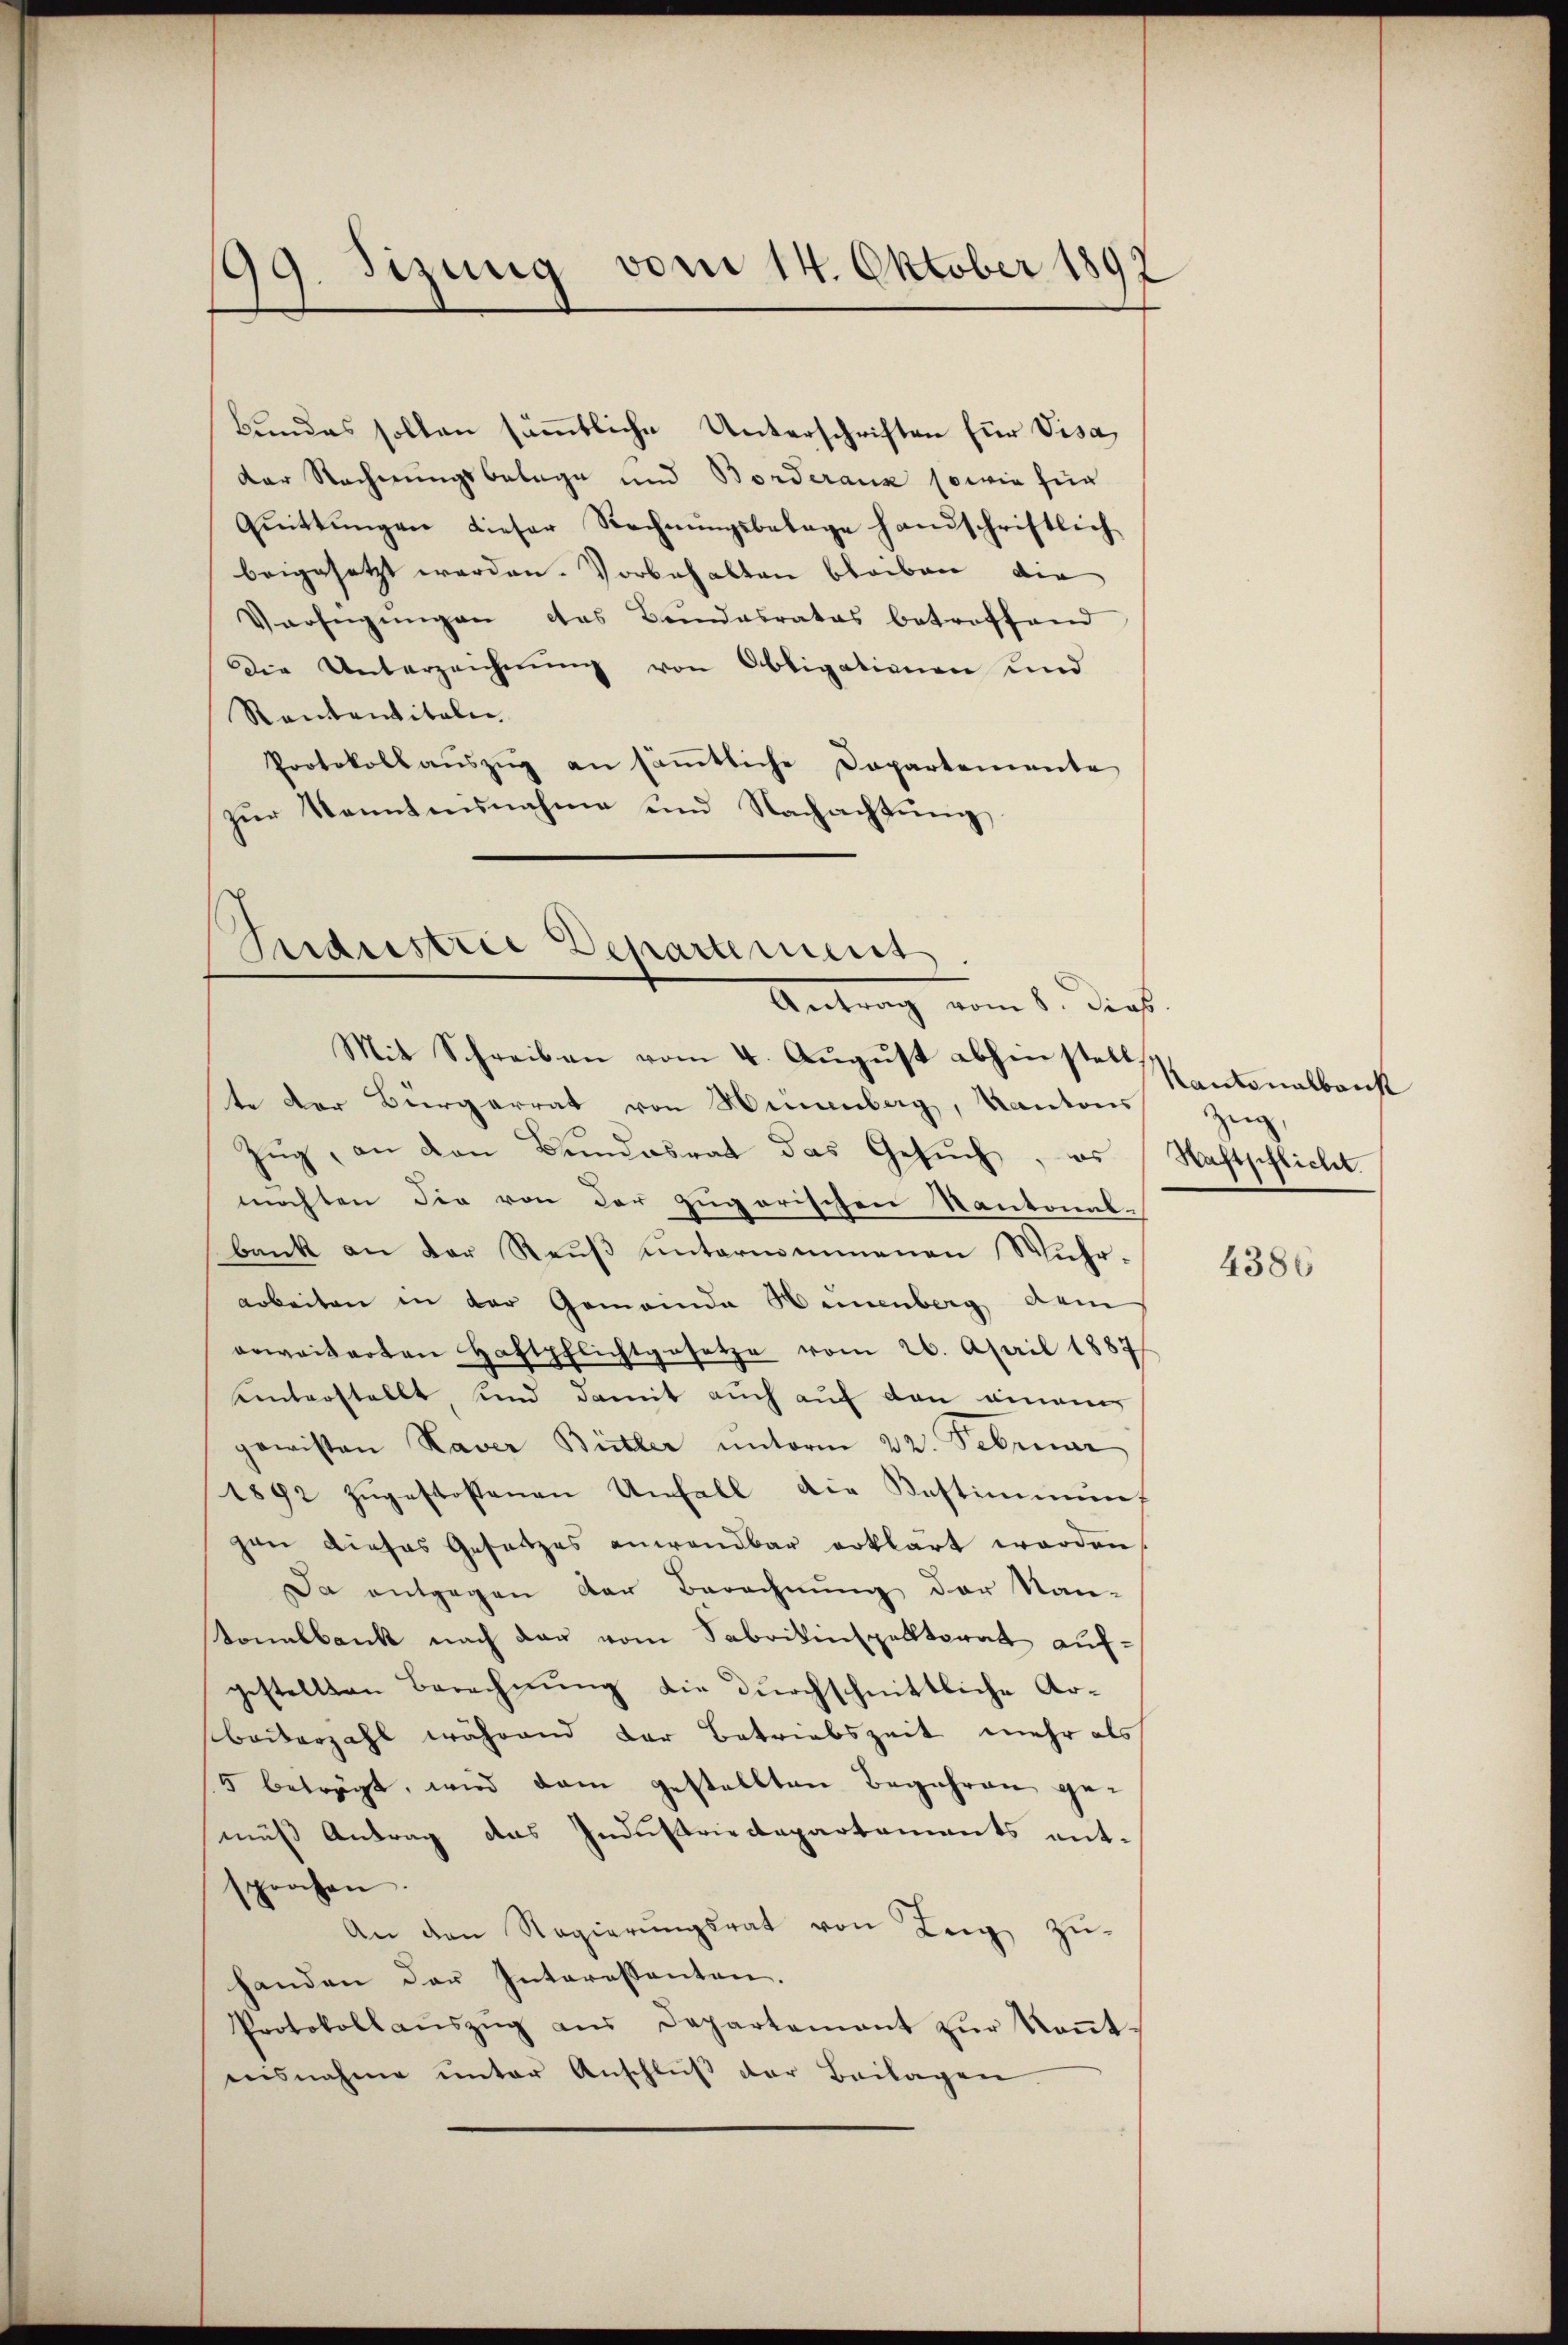
99. Sizung vom 14. Oktober 1892

Bundes sollen sämmtliche Unterschriften für Visa,
der Rechnungsbelage und Borderanz sowie für
Qŭittŭngen dieser Rechnŭngsbelage handschriftlich
beigesetzt werden. Vorbehalten bleiben die
Verfügungen das Bundesrates betreffend
Die Unterzeichnung von Obligationen und
Rantentitalen
Protokollaŭszŭg an säṁtliche Dopartemente
zur Kenntnisnahme und Nachachtung

Industrie Departement
Antrag vom 1. Dies

Mit Schreiben vom 4. Aŭgŭst abhinste Kantonalkonst
te der Bürgerrat von Heinenberg, Kantons
Zug, an den Bundesrat das Gesuch, es Nachtspflicht
möchten die von der zugarischen Kantonal-
bank an der Reuß unternommenen Wuhr-
arbeiten in der Gemeinde Heinenberg dem
erweiterten Haftpflichtgesetze vom 26. April 1887
uinterstellt, und damit auch auf den einem
gewisten Haver Bütler unterm 22. Februar
1892 zugestossenen Unfall die Bestimmung
gen dieses Gesetzes anwendbar erklärt worden
Da entgegen der Berechnung der Nan-
tonalbank nach dar vom Fabrikinspektorat aufgestellten Berechnung die durchschnittliche Arbeiterzahl während der Betriebszeit mehr als
5 beträgt, wird dem gestellten Begehren gemuß Antrag das Industriedepartements entsprochen.
An den Regierŭngsrat von Zŭg zŭ-
handen der Interessanten.
Protokollaŭszŭg aŭs Departement zŭr Keṅt-
ensnahme unter Anschlŭβ der Beilagen.

Zeig

4380